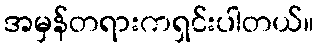
အမှန်တရားကရှင်းပါတယ်။